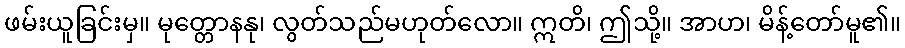
ဖမ်းယူခြင်းမှ။ မုတ္တောနနု၊ လွတ်သည်မဟုတ်လော။ ဣတိ၊ ဤသို့။ အာဟ၊ မိန့်တော်မူ၏။